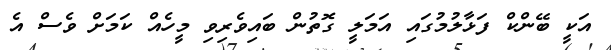
އަކީ ބޭންކް ފަޅާލުމުގައި އަމަލީ ގޮތުން ބައިވެރިވި މީހެއް ކަމަށް ވެސް އެ